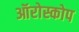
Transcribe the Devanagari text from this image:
ऑरोस्कोप